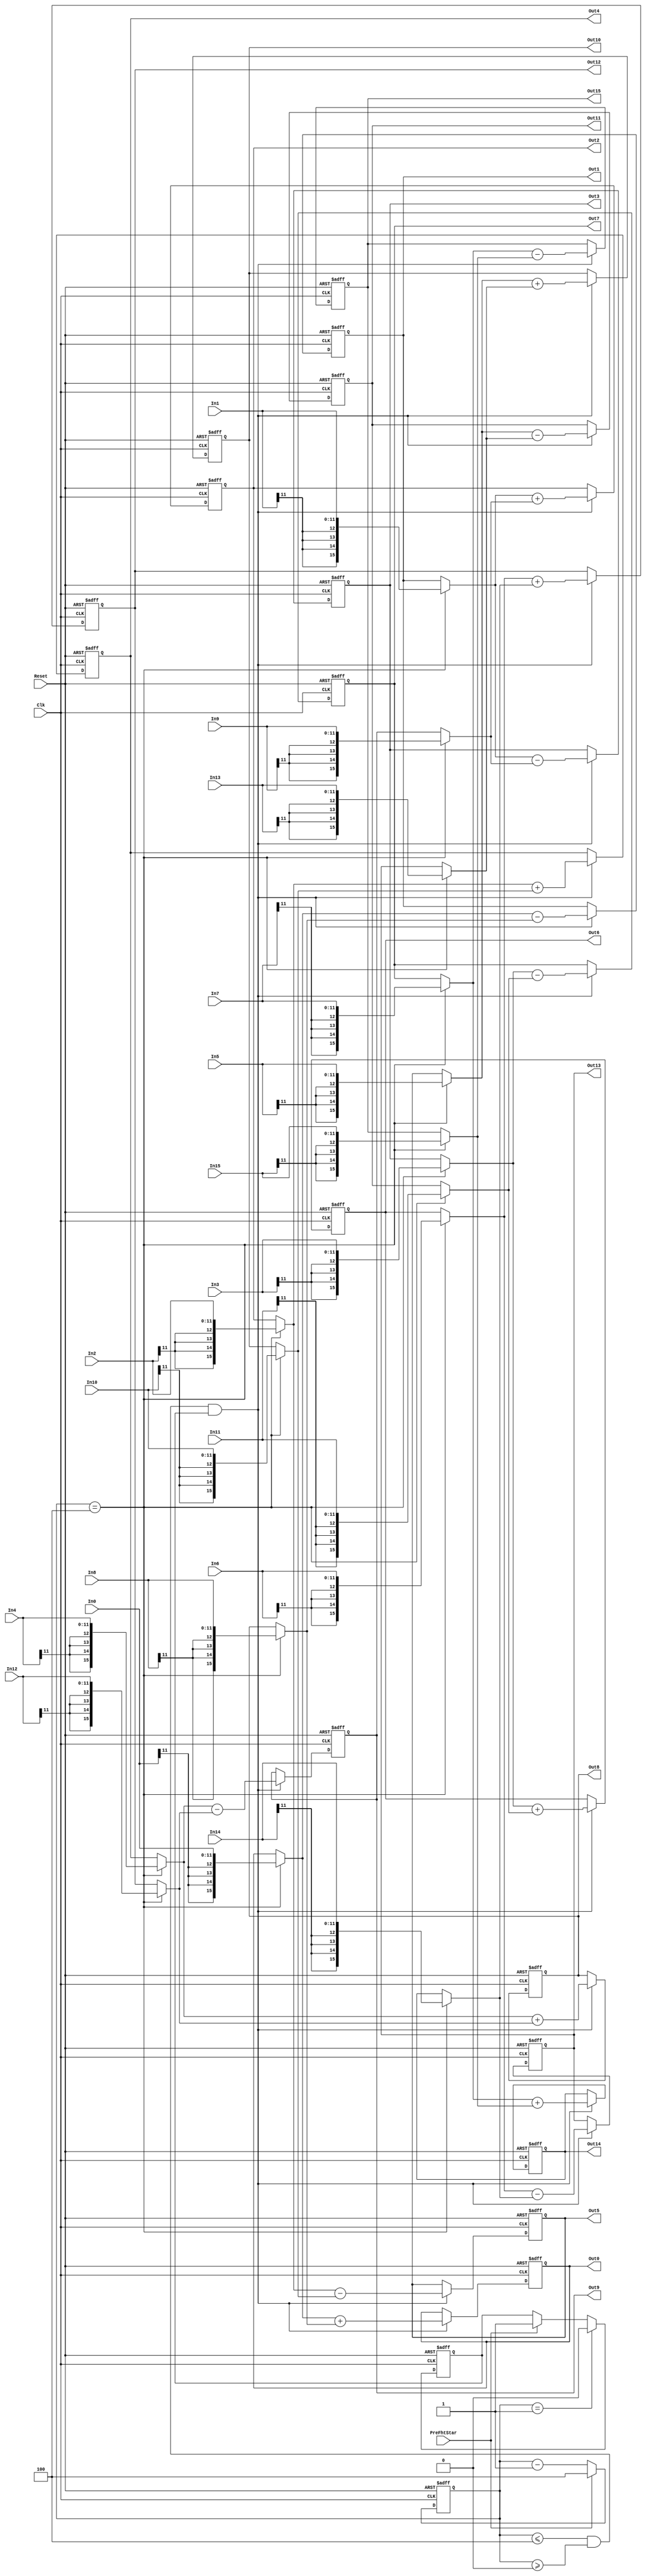
module wch_fht(Clk,Reset,
           PreFhtStar,
           In0,In1,In2,In3,In4,In5,In6,In7,
           In8,In9,In10,In11,In12,In13,In14,In15,
           Out0,Out1,Out2,Out3,Out4,Out5,Out6,Out7,Out8,
           Out9,Out10,Out11,Out12,Out13,Out14,Out15
           );
input Clk;
input Reset;
input PreFhtStar;
input [11:0] In0,In1,In2,In3,In4,In5,In6,In7;
input [11:0] In8,In9,In10,In11,In12,In13,In14,In15;
output [15:0] Out0,Out1,Out2,Out3,Out4,Out5,Out6,Out7;
output [15:0] Out8,Out9,Out10,Out11,Out12,Out13,Out14,Out15;

reg [15:0] Out0,Out1,Out2,Out3,Out4,Out5,Out6,Out7;
reg [15:0] Out8,Out9,Out10,Out11,Out12,Out13,Out14,Out15;
wire [15:0] Temp0,Temp1,Temp2,Temp3,Temp4,Temp5,Temp6,Temp7;
wire [15:0] Temp8,Temp9,Temp10,Temp11,Temp12,Temp13,Temp14,Temp15;
reg [2:0] Cnt3;//count from 0 to 4,when Reset Cnt3=7;
reg FhtEn;//Enable fht culculate

always @(posedge Clk or negedge Reset)
begin 
   if (!Reset)
      Cnt3<= #1 3'b111;  
 
   else
   begin
       if(PreFhtStar)
       Cnt3<= #1 3'b100;
       else 
       Cnt3<= #1 Cnt3-1;
   end
end

always @(posedge Clk or negedge Reset)
if (!Reset)
   FhtEn<= #1 0;
else
begin
     if (PreFhtStar)
     FhtEn<= #1 1;
     if  (Cnt3==1)
     FhtEn<= #1 0;
end
       

      
        assign Temp0=(Cnt3==4)?{In0[11],In0[11],In0[11],In0[11],In0}:Out0;
        assign Temp1=(Cnt3==4)?{In1[11],In1[11],In1[11],In1[11],In1}:Out1;
        assign Temp2=(Cnt3==4)?{In2[11],In2[11],In2[11],In2[11],In2}:Out2;
        assign Temp3=(Cnt3==4)?{In3[11],In3[11],In3[11],In3[11],In3}:Out3;
        assign Temp4=(Cnt3==4)?{In4[11],In4[11],In4[11],In4[11],In4}:Out4;
        assign Temp5=(Cnt3==4)?{In5[11],In5[11],In5[11],In5[11],In5}:Out5;
        assign Temp6=(Cnt3==4)?{In6[11],In6[11],In6[11],In6[11],In6}:Out6;
        assign Temp7=(Cnt3==4)?{In7[11],In7[11],In7[11],In7[11],In7}:Out7;
        assign Temp8=(Cnt3==4)?{In8[11],In8[11],In8[11],In8[11],In8}:Out8;
        assign Temp9=(Cnt3==4)?{In9[11],In9[11],In9[11],In9[11],In9}:Out9;
        assign Temp10=(Cnt3==4)?{In10[11],In10[11],In10[11],In10[11],In10}:Out10;
        assign Temp11=(Cnt3==4)?{In11[11],In11[11],In11[11],In11[11],In11}:Out11;
        assign Temp12=(Cnt3==4)?{In12[11],In12[11],In12[11],In12[11],In12}:Out12;
        assign Temp13=(Cnt3==4)?{In13[11],In13[11],In13[11],In13[11],In13}:Out13;
        assign Temp14=(Cnt3==4)?{In14[11],In14[11],In14[11],In14[11],In14}:Out14;
        assign Temp15=(Cnt3==4)?{In15[11],In15[11],In15[11],In15[11],In15}:Out15;


always @(posedge Clk or negedge Reset)
begin
if (!Reset)
begin

    Out0<=0;Out1<=0;Out2<=0;Out3<=0;Out4<=0;Out5<=0;Out6<=0;Out7<=0;
    Out8<=0;Out9<=0;Out10<=0;Out11<=0;Out12<=0;Out13<=0;Out14<=0;Out15<=0;
end
else
begin
  if ((Cnt3<=4) && Cnt3>=0 && FhtEn)
    begin
    Out0[15:0]<= #1 Temp0[15:0]+Temp8[15:0];
    Out1[15:0]<= #1 Temp0[15:0]-Temp8[15:0];
    Out2[15:0]<= #1 Temp1[15:0]+Temp9[15:0];
    Out3[15:0]<= #1 Temp1[15:0]-Temp9[15:0];
    Out4[15:0]<= #1 Temp2[15:0]+Temp10[15:0];
    Out5[15:0]<= #1 Temp2[15:0]-Temp10[15:0];
    Out6[15:0]<= #1 Temp3[15:0]+Temp11[15:0];
    Out7[15:0]<= #1 Temp3[15:0]-Temp11[15:0];
    Out8[15:0]<= #1 Temp4[15:0]+Temp12[15:0];
    Out9[15:0]<= #1 Temp4[15:0]-Temp12[15:0];
    Out10[15:0]<= #1 Temp5[15:0]+Temp13[15:0];
    Out11[15:0]<= #1 Temp5[15:0]-Temp13[15:0];
    Out12[15:0]<= #1 Temp6[15:0]+Temp14[15:0];
    Out13[15:0]<= #1 Temp6[15:0]-Temp14[15:0];
    Out14[15:0]<= #1 Temp7[15:0]+Temp15[15:0];
    Out15[15:0]<= #1 Temp7[15:0]-Temp15[15:0];
    end
    
end    
end
endmodule